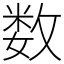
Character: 数